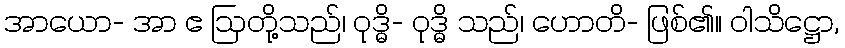
အာယော- အာ ဧ ဩတို့သည်၊ ဝုဒ္ဓိ- ဝုဒ္ဓိ သည်၊ ဟောတိ- ဖြစ်၏။ ဝါသိဋ္ဌော,